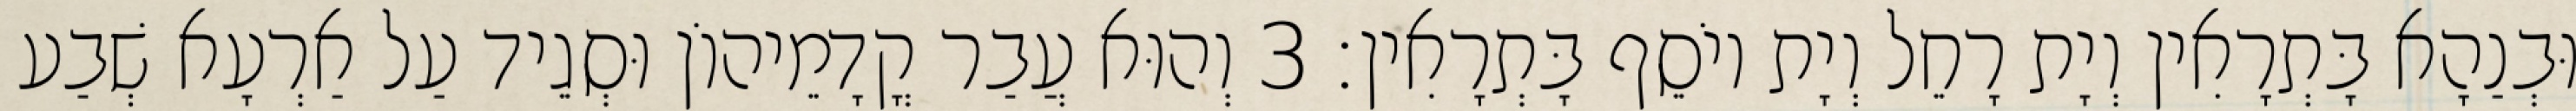
וּבְנַהָא בָּתְרָאִין וְיָת רָחֵל וְיָת יוֹסֵף בָּתְרָאִין׃ 3 וְהוּא עֲבַר קֳדָמֵיהוֹן וּסְגֵיד עַל אַרְעָא שְׁבַע